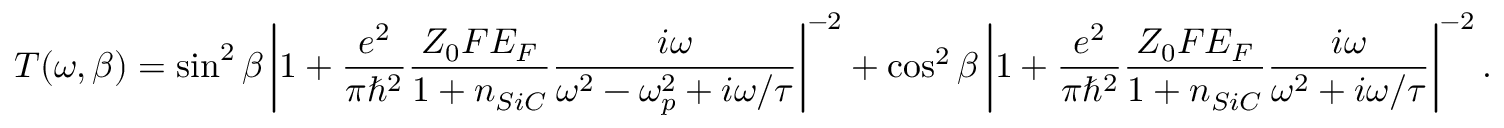
T ( \omega , \beta ) = \sin ^ { 2 } \beta \left| 1 + \frac { e ^ { 2 } } { \pi \hbar ^ { 2 } } \frac { Z _ { 0 } F E _ { F } } { 1 + n _ { S i C } } \frac { i \omega } { \omega ^ { 2 } - \omega _ { p } ^ { 2 } + i \omega / \tau } \right| ^ { - 2 } + \cos ^ { 2 } \beta \left| 1 + \frac { e ^ { 2 } } { \pi \hbar ^ { 2 } } \frac { Z _ { 0 } F E _ { F } } { 1 + n _ { S i C } } \frac { i \omega } { \omega ^ { 2 } + i \omega / \tau } \right| ^ { - 2 } .